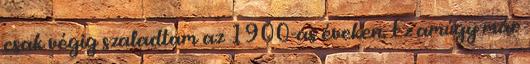
csak végig szaladtam az 1900-as éveken. Ez amúgy már